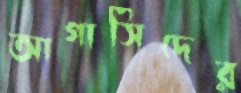
আগাসিদের